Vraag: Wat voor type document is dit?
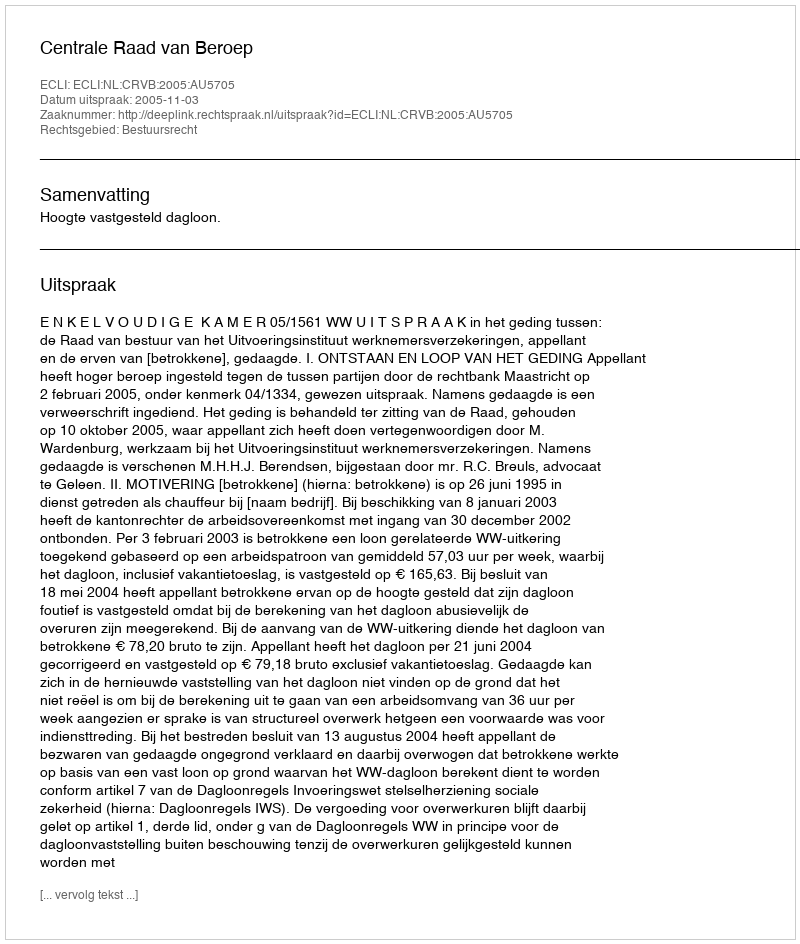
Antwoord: Uitspraak